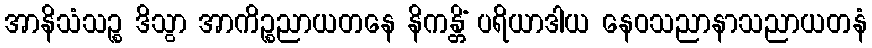
အာနိသံသဉ္စ ဒိသွာ အာကိဉ္စညာယတနေ နိကန္တိံ ပရိယာဒါယ နေဝသညာနာသညာယတနံ